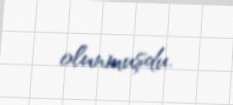
olunmuşdu.